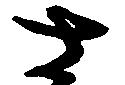
さ